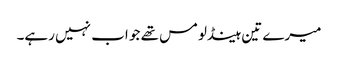
میرے تین ہینڈلومس تھے جو اب نہیں رہے۔